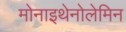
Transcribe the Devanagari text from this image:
मोनाइथेनोलेमिन